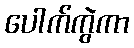
ပေါက်ကွဲကာ